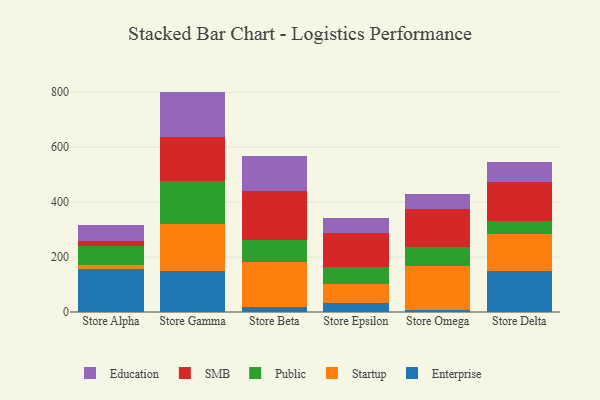
{"axis": {"x": "Store", "y": "Gross Profit (USD K)"}, "legend": ["Education", "Enterprise", "Public", "SMB", "Startup"], "data": [{"x": "Store Alpha", "y": 157.1, "type": "Enterprise"}, {"x": "Store Alpha", "y": 12.5, "type": "Startup"}, {"x": "Store Alpha", "y": 72.1, "type": "Public"}, {"x": "Store Alpha", "y": 16.5, "type": "SMB"}, {"x": "Store Alpha", "y": 56.8, "type": "Education"}, {"x": "Store Gamma", "y": 147.8, "type": "Enterprise"}, {"x": "Store Gamma", "y": 173.8, "type": "Startup"}, {"x": "Store Gamma", "y": 153.5, "type": "Public"}, {"x": "Store Gamma", "y": 162.9, "type": "SMB"}, {"x": "Store Gamma", "y": 164.1, "type": "Education"}, {"x": "Store Beta", "y": 16.5, "type": "Enterprise"}, {"x": "Store Beta", "y": 165.8, "type": "Startup"}, {"x": "Store Beta", "y": 80.3, "type": "Public"}, {"x": "Store Beta", "y": 179.3, "type": "SMB"}, {"x": "Store Beta", "y": 124.3, "type": "Education"}, {"x": "Store Epsilon", "y": 32.0, "type": "Enterprise"}, {"x": "Store Epsilon", "y": 69.6, "type": "Startup"}, {"x": "Store Epsilon", "y": 61.6, "type": "Public"}, {"x": "Store Epsilon", "y": 126.1, "type": "SMB"}, {"x": "Store Epsilon", "y": 54.1, "type": "Education"}, {"x": "Store Omega", "y": 5.8, "type": "Enterprise"}, {"x": "Store Omega", "y": 163.2, "type": "Startup"}, {"x": "Store Omega", "y": 65.8, "type": "Public"}, {"x": "Store Omega", "y": 139.4, "type": "SMB"}, {"x": "Store Omega", "y": 54.5, "type": "Education"}, {"x": "Store Delta", "y": 148.6, "type": "Enterprise"}, {"x": "Store Delta", "y": 136.3, "type": "Startup"}, {"x": "Store Delta", "y": 46.7, "type": "Public"}, {"x": "Store Delta", "y": 142.3, "type": "SMB"}, {"x": "Store Delta", "y": 73.7, "type": "Education"}]}